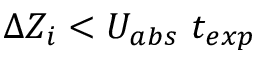
\Delta Z _ { i } < U _ { a b s } ~ t _ { e x p }